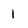
Character: 1